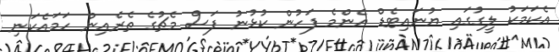
އެކަމަކު ލީގުގައި ޔުނައިޓެޑް އެންމެ ފަހުން ކުޅުނު ފަސް މެޗުގެ ތެރެއިން ހަމައެކަނި